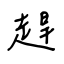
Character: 趕